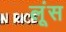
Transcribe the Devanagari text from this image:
लूंस